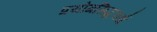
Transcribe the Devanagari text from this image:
प्रयोगसिद्धयर्थ